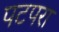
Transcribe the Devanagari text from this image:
पटपरा